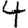
Digit: 4